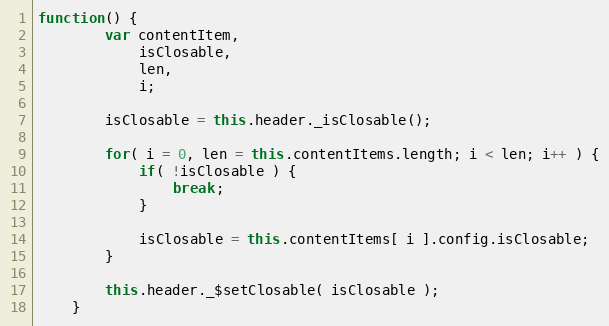
Language: JavaScript
function() {
		var contentItem,
			isClosable,
			len,
			i;

		isClosable = this.header._isClosable();

		for( i = 0, len = this.contentItems.length; i < len; i++ ) {
			if( !isClosable ) {
				break;
			}

			isClosable = this.contentItems[ i ].config.isClosable;
		}

		this.header._$setClosable( isClosable );
	}